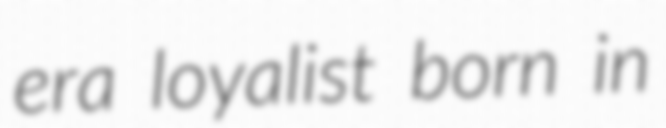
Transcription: era loyalist born in